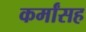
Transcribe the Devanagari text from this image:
कर्मांसह